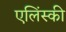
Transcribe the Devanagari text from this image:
एलिंस्की